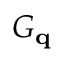
G _ { \mathbf { q } }